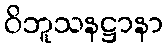
ဝိဘူသနဋ္ဌာနာ